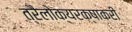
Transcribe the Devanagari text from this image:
त्रैलोक्यरक्षाकरी